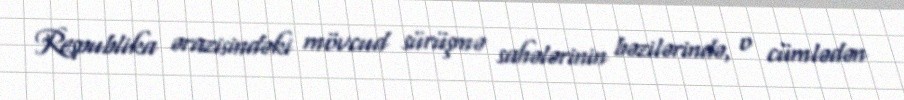
Respublika ərazisindəki mövcud sürüşmə sahələrinin bəzilərində, o cümlədən